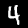
Digit: 4